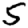
Digit: 5